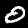
Digit: 0